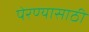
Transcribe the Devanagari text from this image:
पेरण्यासाठी